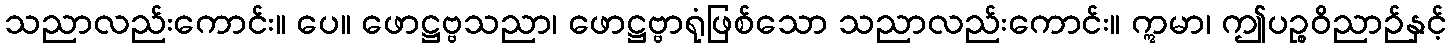
သညာလည်းကောင်း။ ပေ။ ဖောဋ္ဌဗ္ဗသညာ၊ ဖောဋ္ဌဗ္ဗာရုံဖြစ်သော သညာလည်းကောင်း။ ဣမာ၊ ဤပဉ္စဝိညာဉ်နှင့်